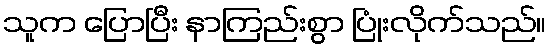
သူက ပြောပြီး နာကြည်းစွာ ပြုံးလိုက်သည်။